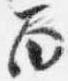
面